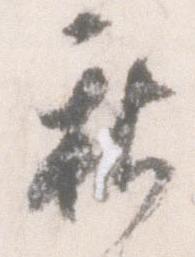
新